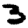
Digit: 3